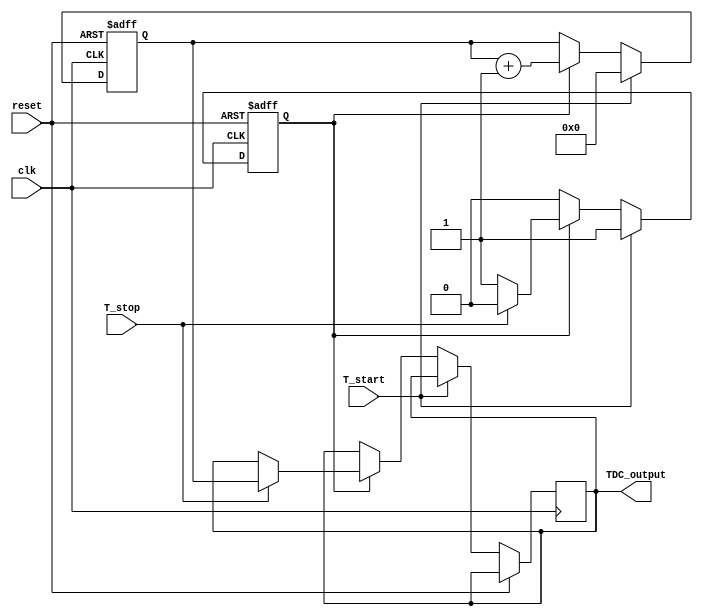
module TDC_Vernier_Delay_Line (
    input wire clk,               // System clock
    input wire reset,             // Reset signal
    input wire T_start,           // Start signal
    input wire T_stop,            // Stop signal
    output reg [15:0] TDC_output   // 16-bit TDC output
);

    // Parameters for delay lines
    parameter DELAY_COUNT = 16;   // Number of delay elements
    parameter DELAY_INCREMENT = 1; // Delay increment (in clock cycles)

    // Delay line outputs
    reg [DELAY_COUNT-1:0] ref_delay_line;
    reg [DELAY_COUNT-1:0] meas_delay_line;

    // Digital counter
    reg [15:0] counter;
    reg measuring;

    // Comparator output
    wire ref_out;
    wire meas_out;

    // Initialize the delay lines
    integer i;
    initial begin
        ref_delay_line = 0;
        meas_delay_line = 0;
        counter = 0;
        measuring = 0;
        TDC_output = 0;
    end

    // Reference Delay Line
    always @(posedge clk or posedge reset) begin
        if (reset) begin
            ref_delay_line <= 0;
        end else begin
            ref_delay_line <= {ref_delay_line[DELAY_COUNT-2:0], T_start};
        end
    end

    // Measuring Delay Line
    always @(posedge clk or posedge reset) begin
        if (reset) begin
            meas_delay_line <= 0;
        end else begin
            meas_delay_line <= {meas_delay_line[DELAY_COUNT-2:0], T_start};
        end
    end

    // Comparator Logic
    assign ref_out = ref_delay_line[DELAY_COUNT-1];
    assign meas_out = meas_delay_line[DELAY_COUNT-1];

    // Digital Counter
    always @(posedge clk or posedge reset) begin
        if (reset) begin
            counter <= 0;
            measuring <= 0;
        end else if (T_start) begin
            measuring <= 1; // Start measuring
            counter <= 0;   // Reset counter
        end else if (measuring) begin
            counter <= counter + 1; // Increment counter
            if (T_stop) begin
                measuring <= 0; // Stop measuring
                TDC_output <= counter; // Capture the count
            end
        end
    end

endmodule